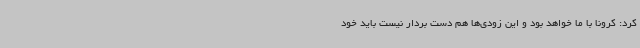
کرد: کرونا با ما خواهد بود و این زودی‌ها هم دست بردار نیست باید خود